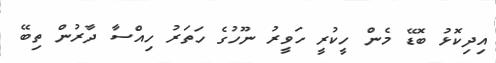
އިދިކޮޅު ބޮޑޭ މެން ހީކުރީ ހަވީރު ނޫހުގެ ހަތަރު ހިއްސާ ދާރުން ތިބޭ